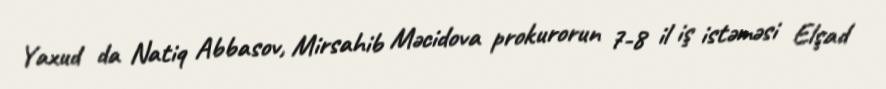
Yaxud da Natiq Abbasov, Mirsahib Məcidova prokurorun 7-8 il iş istəməsi Elşad